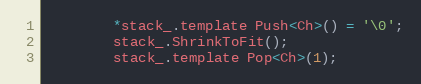
Language: C
        *stack_.template Push<Ch>() = '\0';
        stack_.ShrinkToFit();
        stack_.template Pop<Ch>(1);